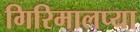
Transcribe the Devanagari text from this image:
गिरिमालप्या